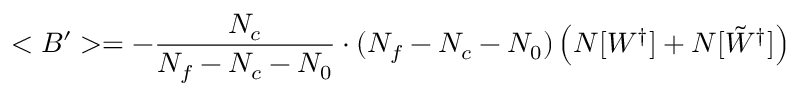
< B ^ { \prime } > = - \frac { N _ { c } } { N _ { f } - N _ { c } - N _ { 0 } } \cdot ( N _ { f } - N _ { c } - N _ { 0 } ) \left( N [ W ^ { \dagger } ] + N [ \tilde { W } ^ { \dagger } ] \right)